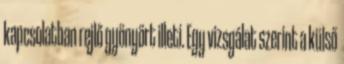
kapcsolatban rejlő gyönyört illeti. Egy vizsgálat szerint a külső